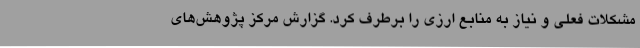
مشکلات فعلی و نیاز به منابع ارزی را برطرف کرد. گزارش مرکز پژوهش‌های